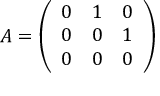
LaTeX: A = { \left( \begin{array} { l l l } { 0 } & { 1 } & { 0 } \\ { 0 } & { 0 } & { 1 } \\ { 0 } & { 0 } & { 0 } \end{array} \right) }